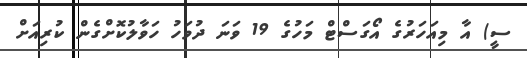
ސީ) އާ މިއަހަރުގެ އޯގަސްޓް މަހުގެ 19 ވަނަ ދުވަހު ހަވާލުކޮށްގެން ކުރިއަށް